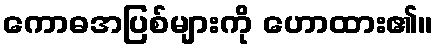
ကောဓအပြစ်များကို ဟောထား၏။